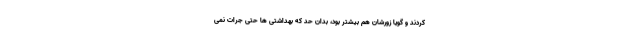
کردند و گویا زورشان هم بیشتر بود، بدان حد که بهداشتی ها حتی جرات نمی